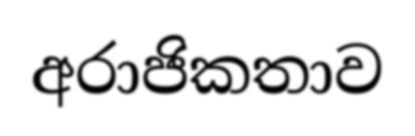
අරාජිකතාව